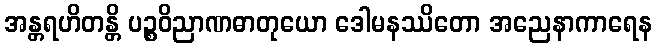
အန္တရဟိတန္တိ ပဉ္စဝိညာဏဓာတုယော ဒေါမနဿိတော အညေနာကာရေန